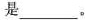
是___。